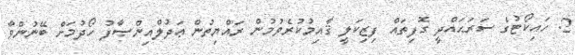
2. ހައިކޯޓުގެ ސަރަޙައްދީ ގޮފިތައް ފިޒިކަލީ ޤާއިމުކުރެވުމުން ރައްޔިތުން ޢަދުލްއިންޞާފު ހޯދުމަށް ބޭނުންވާ